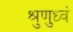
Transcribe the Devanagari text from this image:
श्रुणुध्वं